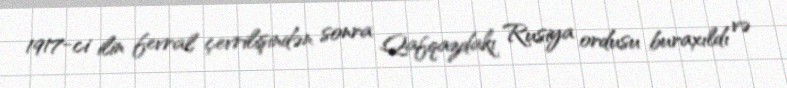
1917-ci ilin fevral çevrilişindən sonra Qafqazdakı Rusiya ordusu buraxıldı və